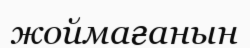
жоймағанын